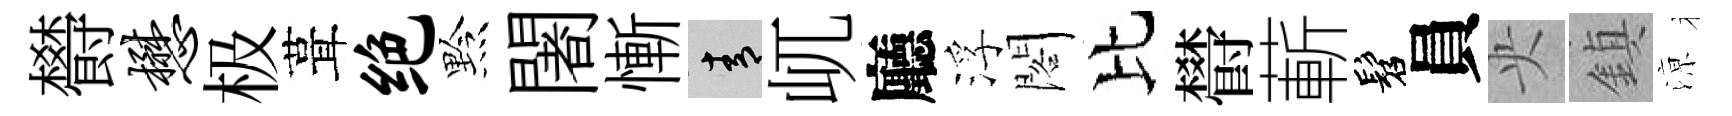
欎懋极葺绝黔闍慚青屼廳浮閣比欎蔪髫員央鎮鿌